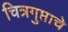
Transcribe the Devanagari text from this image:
चित्रगुप्ताचे